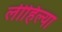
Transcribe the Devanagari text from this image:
लीहिल्या